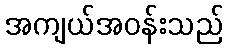
အကျယ်အဝန်းသည်